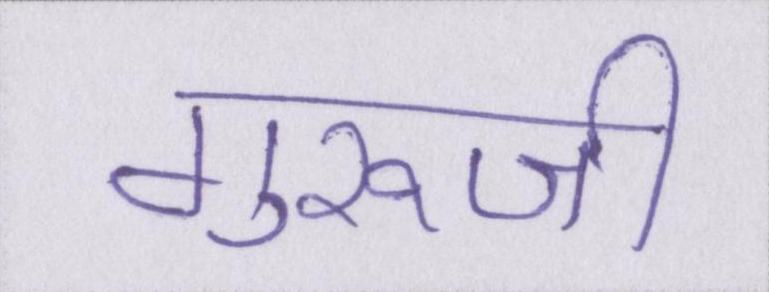
गुरूजी